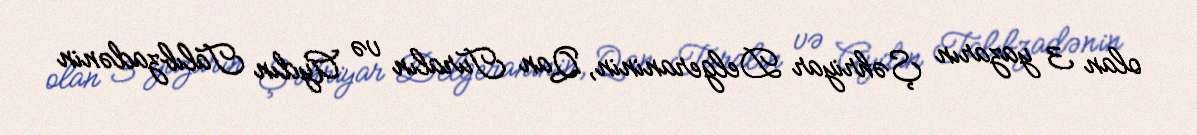
olan 3 yazarın Şəhriyar Delgeraninin, Qan Turalın və Aydın Talıbzadənin